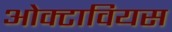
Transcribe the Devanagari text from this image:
ओक्टावियस